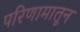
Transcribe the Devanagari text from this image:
परिणामातून